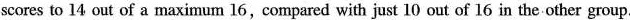
scores to l4 out of a maximum 16,compared with just 10 out of 16 in the-other group.